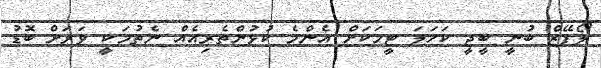
ލޯޕޭޒް ބުނީ ބީޖީ ކަހަލަ ޓީމަކަށް އެންމެ ކުޅުންތެރިއެއް ނެތުމަކީ ވަރަށް ބޮޑު